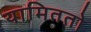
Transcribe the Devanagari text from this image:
यामिततो